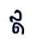
ឥ